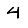
Digit: 4